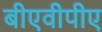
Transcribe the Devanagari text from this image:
बीएवीपीए